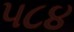
૫૮૪